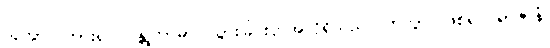
သုတွာ၊ ကြား၍။ ဂန္တုကာမာ၊ သွားခြင်းငှာအလိုရှိသည်။ ဟုတွာ၊ ဖြစ်၍။ ရာဇာနံ၊